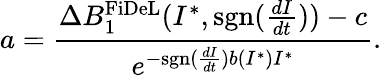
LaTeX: a=\frac{\Delta B_{1}^{\mathrm{FiDeL}}(I^{*},\mathrm{sgn}(\frac{dI}{dt}))-c}{e^{-\mathrm{sgn}(\frac{dI}{dt})b(I^{*})I^{*}}}.